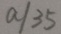
a \vert 3 5